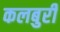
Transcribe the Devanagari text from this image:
कलबुरी